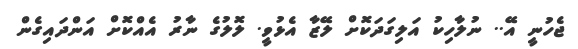
ޖެހުނީ އޭ.. ނުލާހިކު އަލިގަދަކޮށް ލޭޒާ އެޅުވީ. ލޮލުގެ ނާރު އެއްކޮށް އަންދައިގެން